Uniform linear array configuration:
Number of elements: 48
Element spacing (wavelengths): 0.75
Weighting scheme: kaiser
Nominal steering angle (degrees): -30
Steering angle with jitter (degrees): -30.48
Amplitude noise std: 0.05
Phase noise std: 0.05

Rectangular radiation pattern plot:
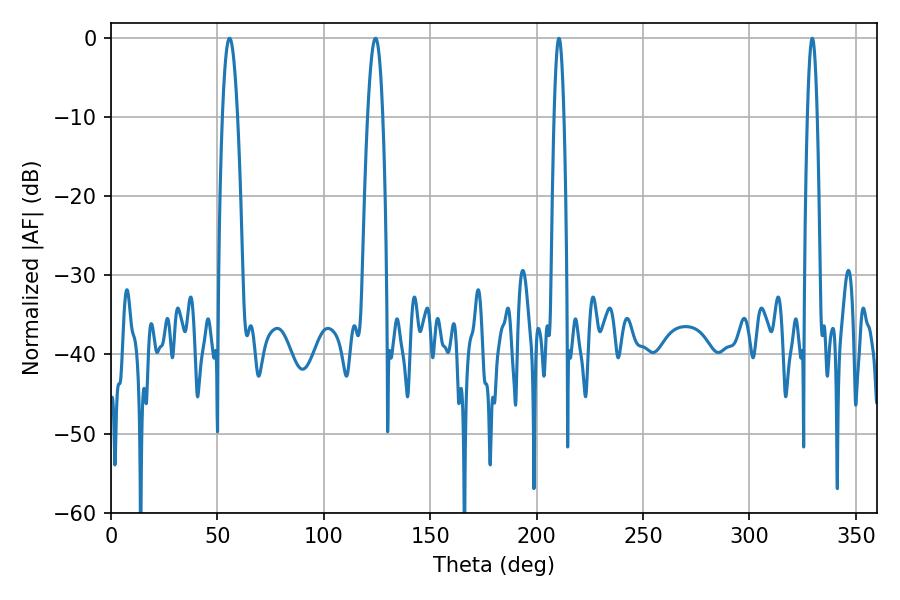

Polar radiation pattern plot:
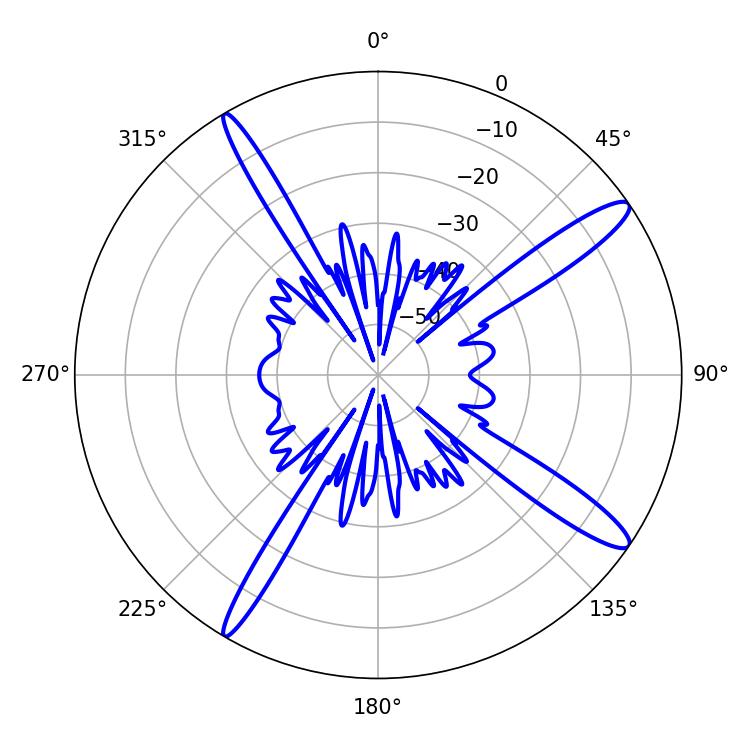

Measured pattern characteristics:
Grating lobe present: TRUE
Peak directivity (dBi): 14.331
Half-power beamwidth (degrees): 3.96
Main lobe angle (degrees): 55.62